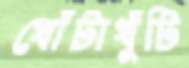
খোঁটাখুঁটি